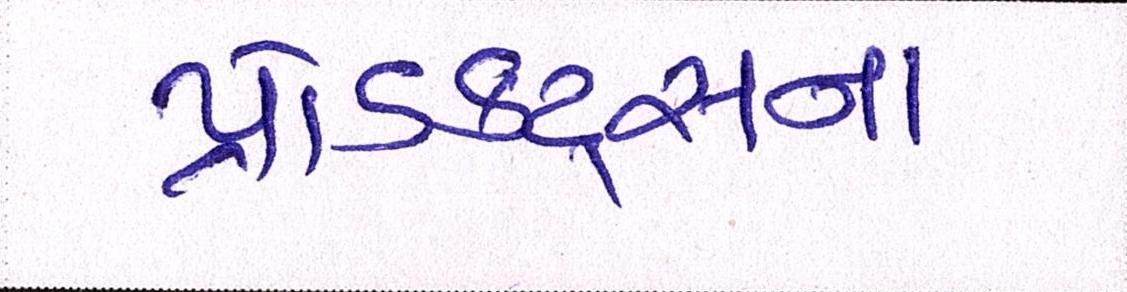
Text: પ્રોડક્ટ્સના